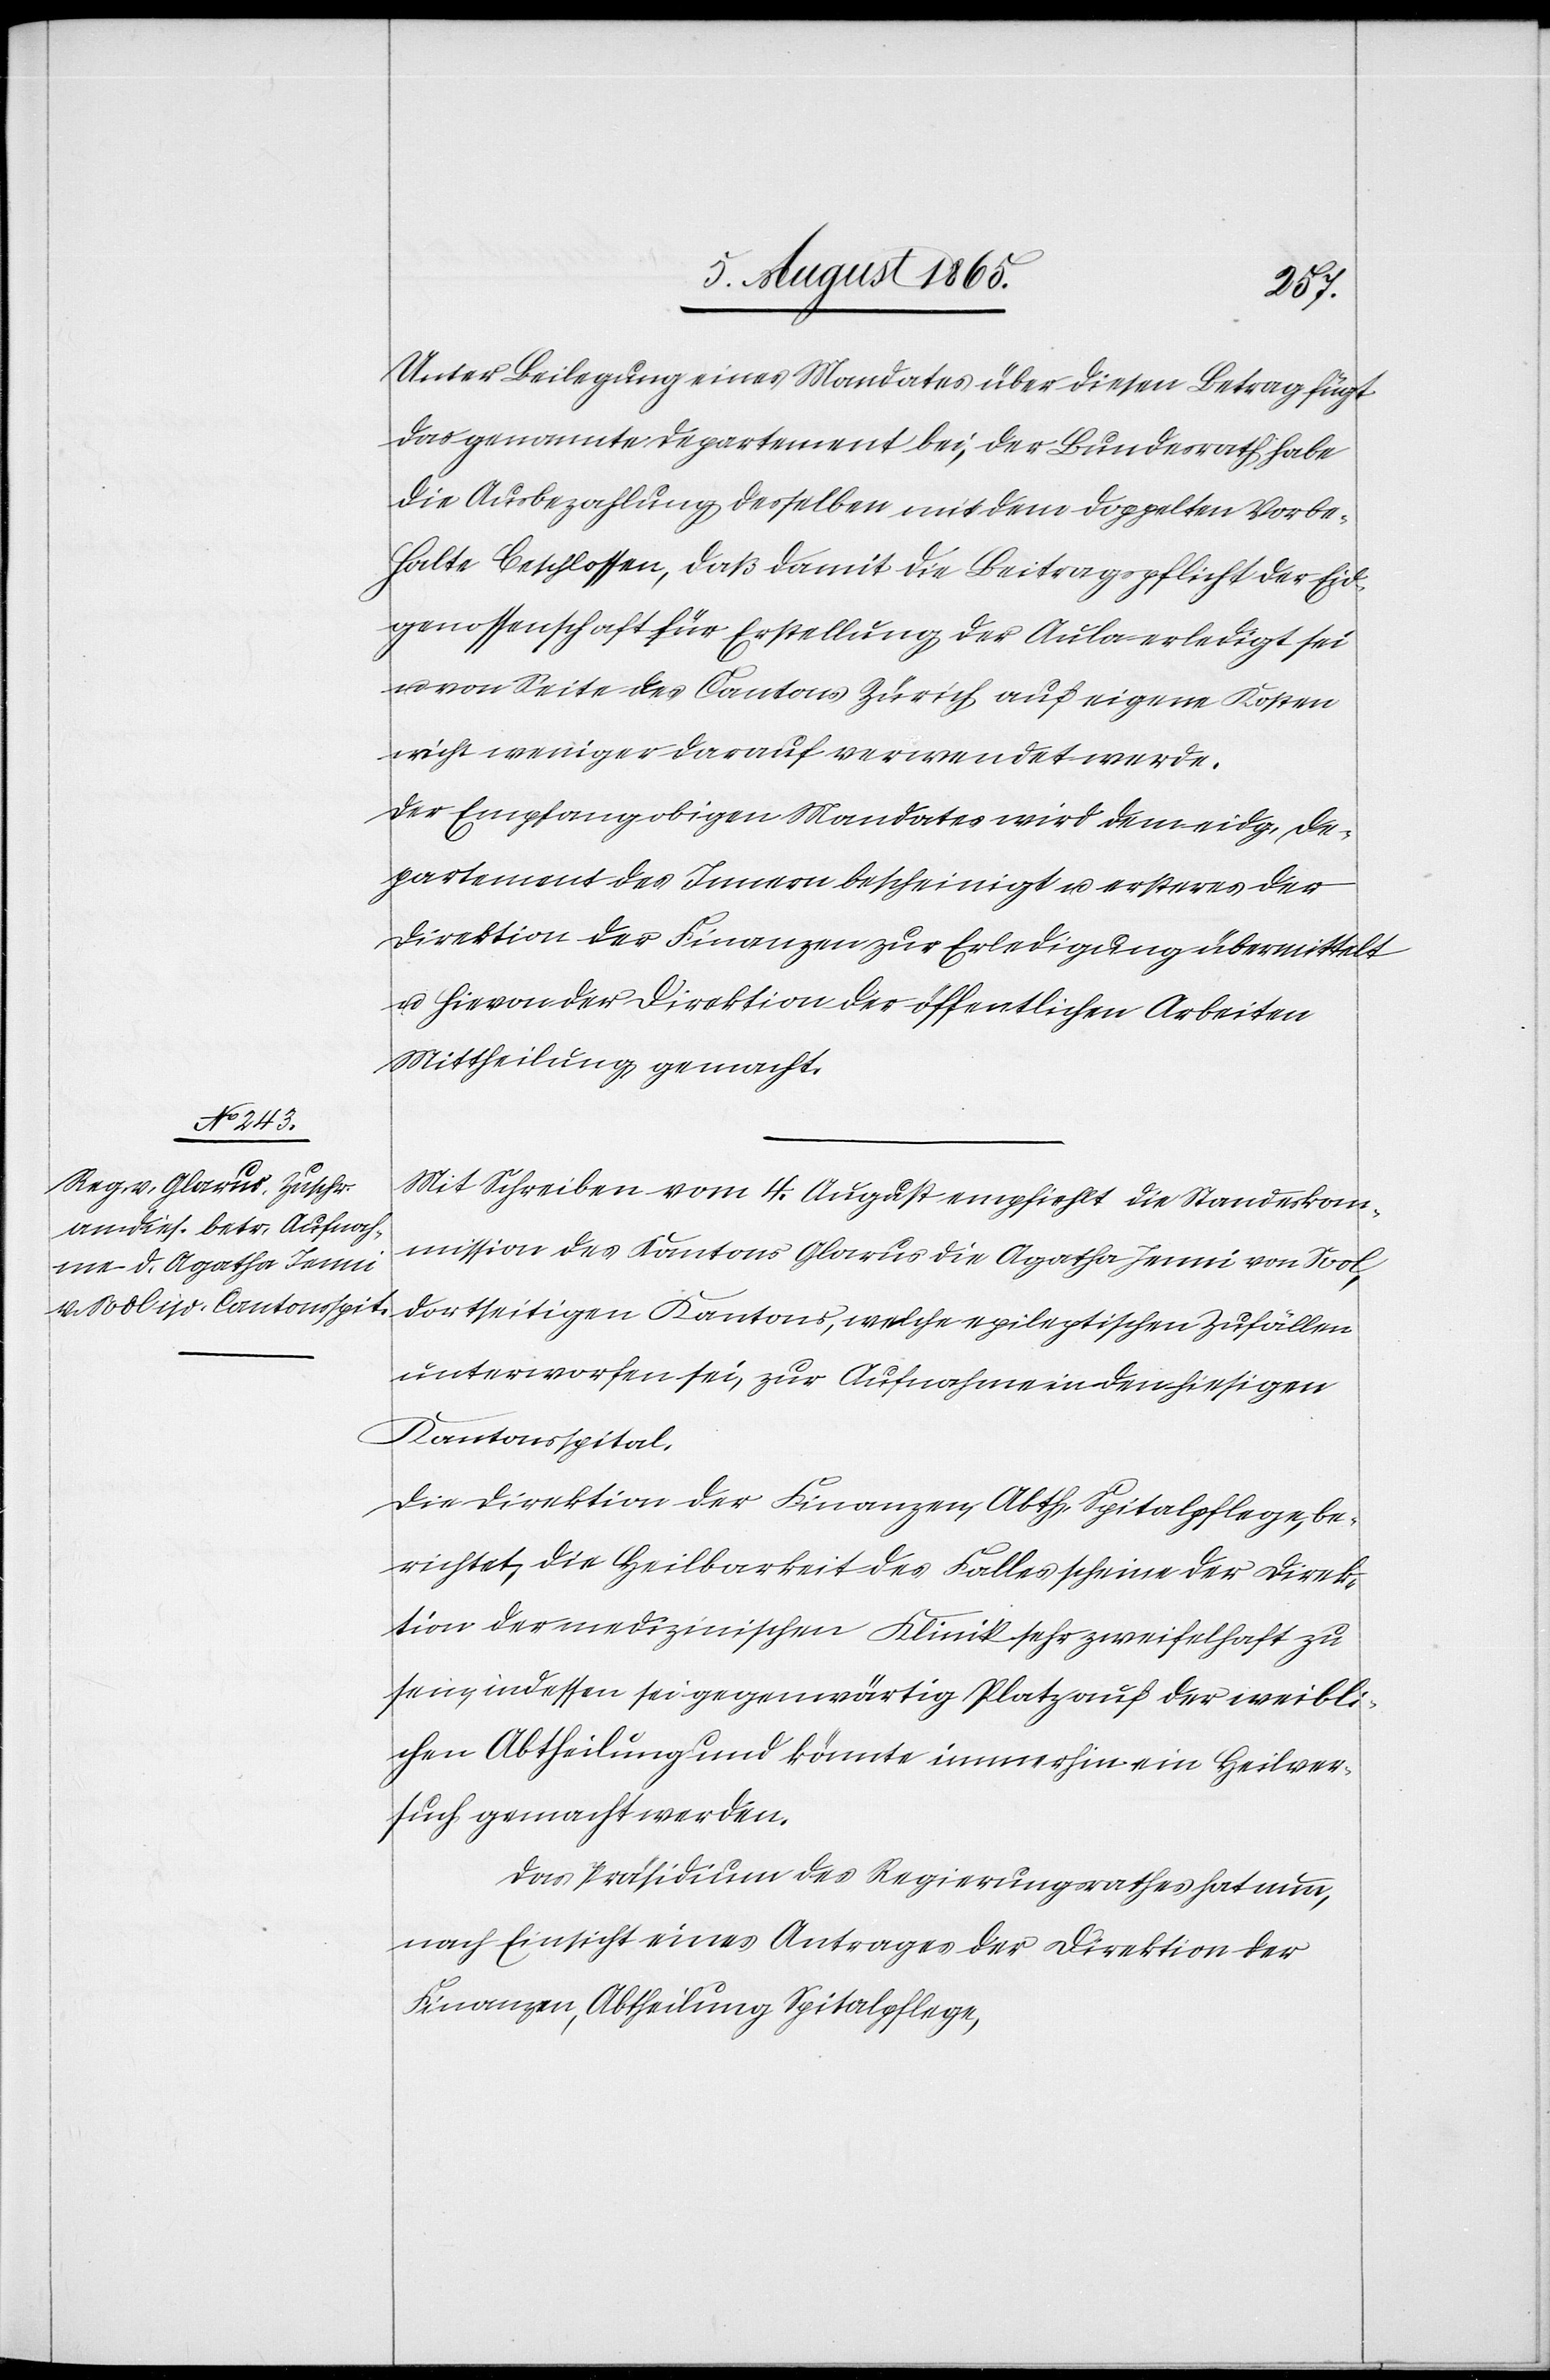
11. August 1865.]
Unter Beilegung eines Mandates über diesen Betrag fügt
das genannte Departement bei, der Bundesrath habe
die Ausbezahlung desselben mit dem doppelten Vorbe¬
halte beschlossen, daß damit die Beitragspflicht der Eid¬
genossenschaft für Erstellung der Aula erledigt sei
von Seite des Kantons Zürich auf eigene Kosten
weniger darauf verwendet werde.
Der Empfang obigen Mandates wird dem eidg. De¬
partement des Innern bescheinigt u. ersteres der
Direktion der Finanzen zur Erledigung übermittelt
u. hievon der Direktion der öffentlichen Arbeiten
Mittheilung gemacht.
Mit Schreiben vom 4. August empfiehlt die Standesko¬
mmission des Kantons Glarus die Agatha Jenni von Sool,
dortseitigen Kantons, welche epileptischen Zufällen
unterworfen sei, zur Aufnahme in den hiesigen
Kantonsspital.
Die Direktion der Finanzen, Abth. Spitalpflege, be¬
richtet, die Heilbarkeit des Falles scheine der Direk¬
tion der medizinischen Klinik sehr zweifelhaft zu
sein, indessen sei gegenwärtig Platz auf der weibli¬
chen Abtheilung und könnte immerhin ein Heilver¬
such gemacht werden.
Das Präsidium des Regierungsrathes hat nun,
nach Einsicht eines Antrages der Direktion der
Finanzen, Abtheilung Spitalpflege,